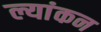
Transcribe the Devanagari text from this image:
ल्यांकन